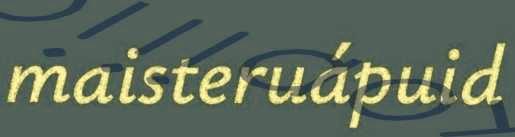
maisteruápuid